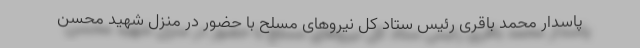
پاسدار محمد باقری رئیس ستاد کل نیروهای مسلح با حضور در منزل شهید محسن